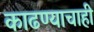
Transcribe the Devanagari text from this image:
काढण्याचाही